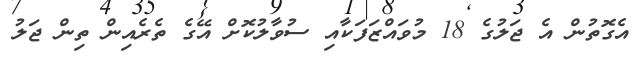
އެގޮތުން އެ ޖަލުގެ 18 މުވައްޒަފަކާއި ސުވާލުކޮށް އޭގެ ތެރެއިން ތިން ޖަލު